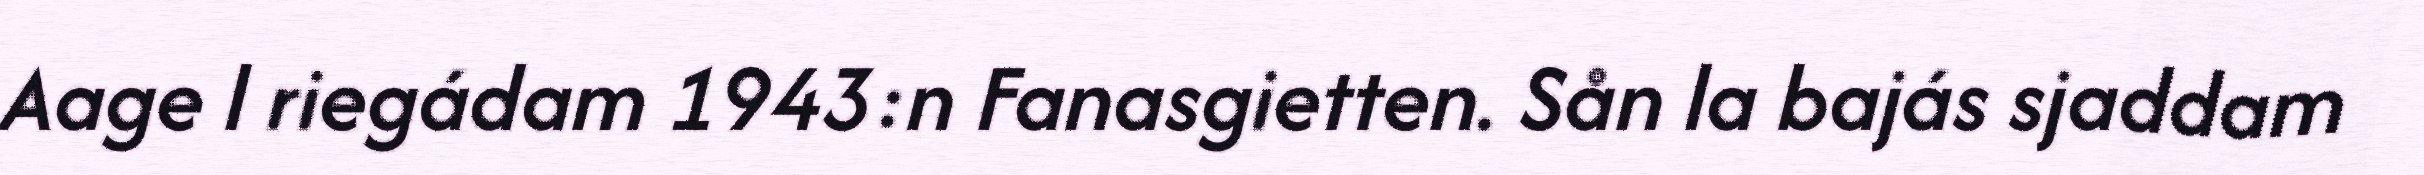
Aage l riegádam 1943:n Fanasgietten. Sån la bajás sjaddam